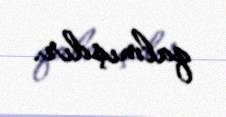
qalmışdır.